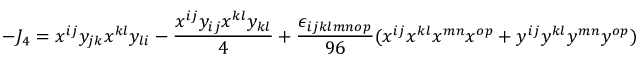
- J _ { 4 } = x ^ { i j } y _ { j k } x ^ { k l } y _ { l i } - { \frac { x ^ { i j } y _ { i j } x ^ { k l } y _ { k l } } { 4 } } + { \frac { \epsilon _ { i j k l m n o p } } { 9 6 } } ( x ^ { i j } x ^ { k l } x ^ { m n } x ^ { o p } + y ^ { i j } y ^ { k l } y ^ { m n } y ^ { o p } )